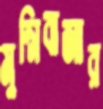
মুন্সিবাজার